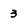
Character: 3